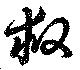
救